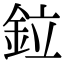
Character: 鉝